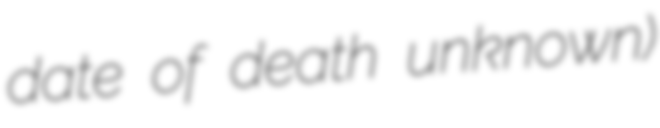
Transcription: date of death unknown)